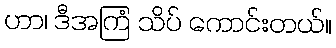
ဟာ၊ ဒီအကြံ သိပ် ကောင်းတယ်။